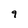
Character: 9